Civil Veterinary Department. United Provinces 1932-42 - 1932-1942
Year: 1932
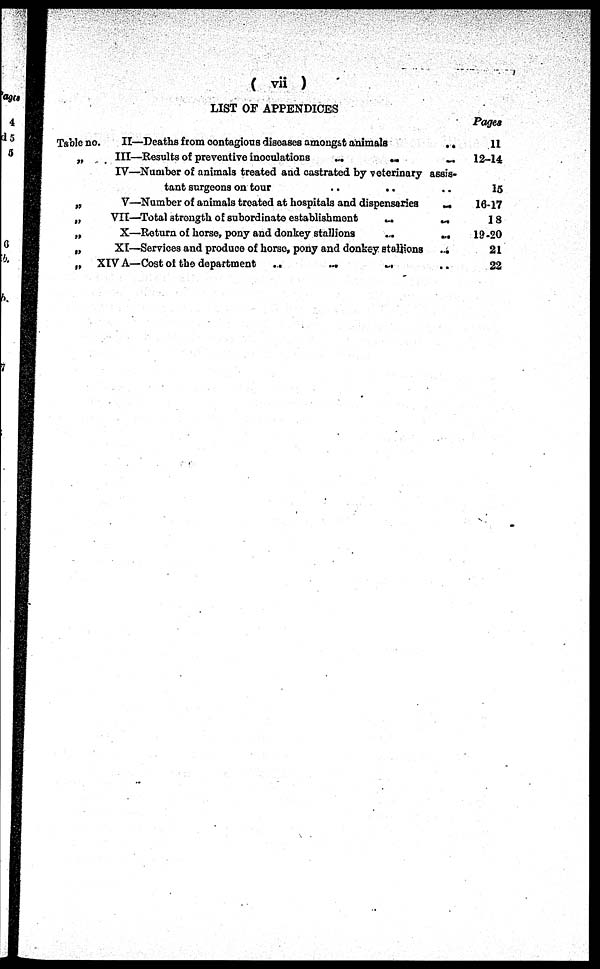
( vii )
Table no.
„
„
„
„
„
„
LIST OF APPENDICES
II—Deaths from contagious diseases amongst animals
..
III—Results of preventive inoculations
..
..
..
IV—Number of animals treated and castrated by veterinary assis-
tant surgeons on tour
..
..
V—Number of animals treated at hospitals and dispensaries
..
VII—Total strength of subordinate establishment
..
..
X—Return of horse, pony and donkey stallions
..
..
XI—Services and produce of horse, pony and donkey stations
..
XIV A—Cost of the department
..
..
..
..
Pages
11
12-14
15
16-17
18
19-20
21
22